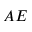
A E